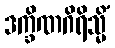
ဒက္ခိဏဂိရိသ္မိံ